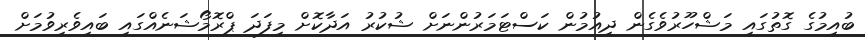
ބުއިމުގެ ގޮތުގައި މަޝްހޫރުވެގެން ދިއުމުން ކަސްޓަމަރުންނަށް ޝުކުރު އަދާކޮށް މިފަދަ ޕްރޮމޯޝަނެއްގައި ބައިވެރިވުމަށް